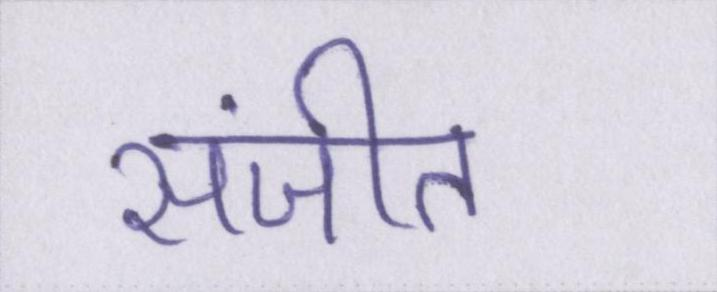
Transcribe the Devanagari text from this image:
संजीत